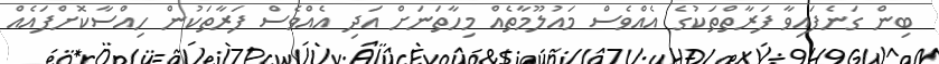
ބިން ގަނެފައިވާ ފަރާތްތަކުގެ އެއްވެސް މައުލޫމާތެއް މިހާތަނަށް އަދި އެއްވެސް ފަރާތަކުން ހިއްސާކޮށްފައެއް